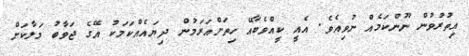
އިތުރުވުން ނޫންކަމެއް ނުވިއެވެ. އެއީ ކީއްވެބާއޭ ހިތަށްއަރަމުން ދިޔައެއްކަމަކު އޭގެ ޖަވާބު މަލާކަށް